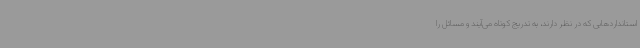
استانداردهایی که در نظر دارند، به تدریج کوتاه می‌آیند و مسائل را